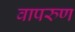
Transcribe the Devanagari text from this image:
वापरुण